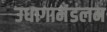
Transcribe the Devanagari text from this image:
उधागामंडलम